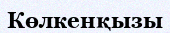
Көлкенқызы